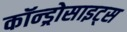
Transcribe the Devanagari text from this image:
कॉन्ड्रोसाइट्स